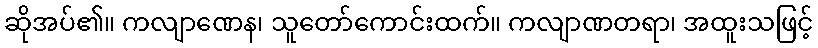
ဆိုအပ်၏။ ကလျာဏေန၊ သူတော်ကောင်းထက်။ ကလျာဏတရာ၊ အထူးသဖြင့်